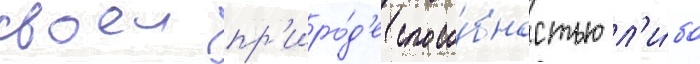
своеи пр'иро́д'е спосо́бностью л'и́бо